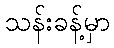
သန်းခန့်မှာ